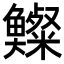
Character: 𩾍